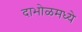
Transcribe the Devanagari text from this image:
दाभोळमध्ये